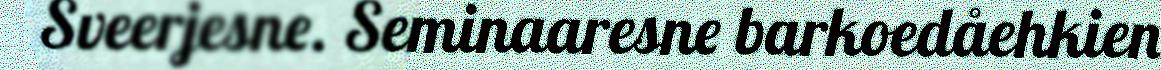
Sveerjesne. Seminaaresne barkoedåehkien